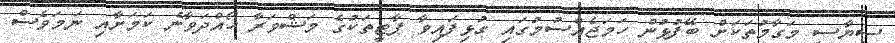
ސިޔާސީ މަގާމުތަކަށް ބޭފުޅުން ހަމަޖެއްސުމުގައި ގުޅިފައިވާ ޕާޓީތަކުގެ މަޝްވަރާ ހޯއްދަވާނެ ކަމަށާއި ނަމަވެސް